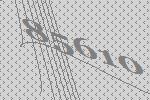
85610